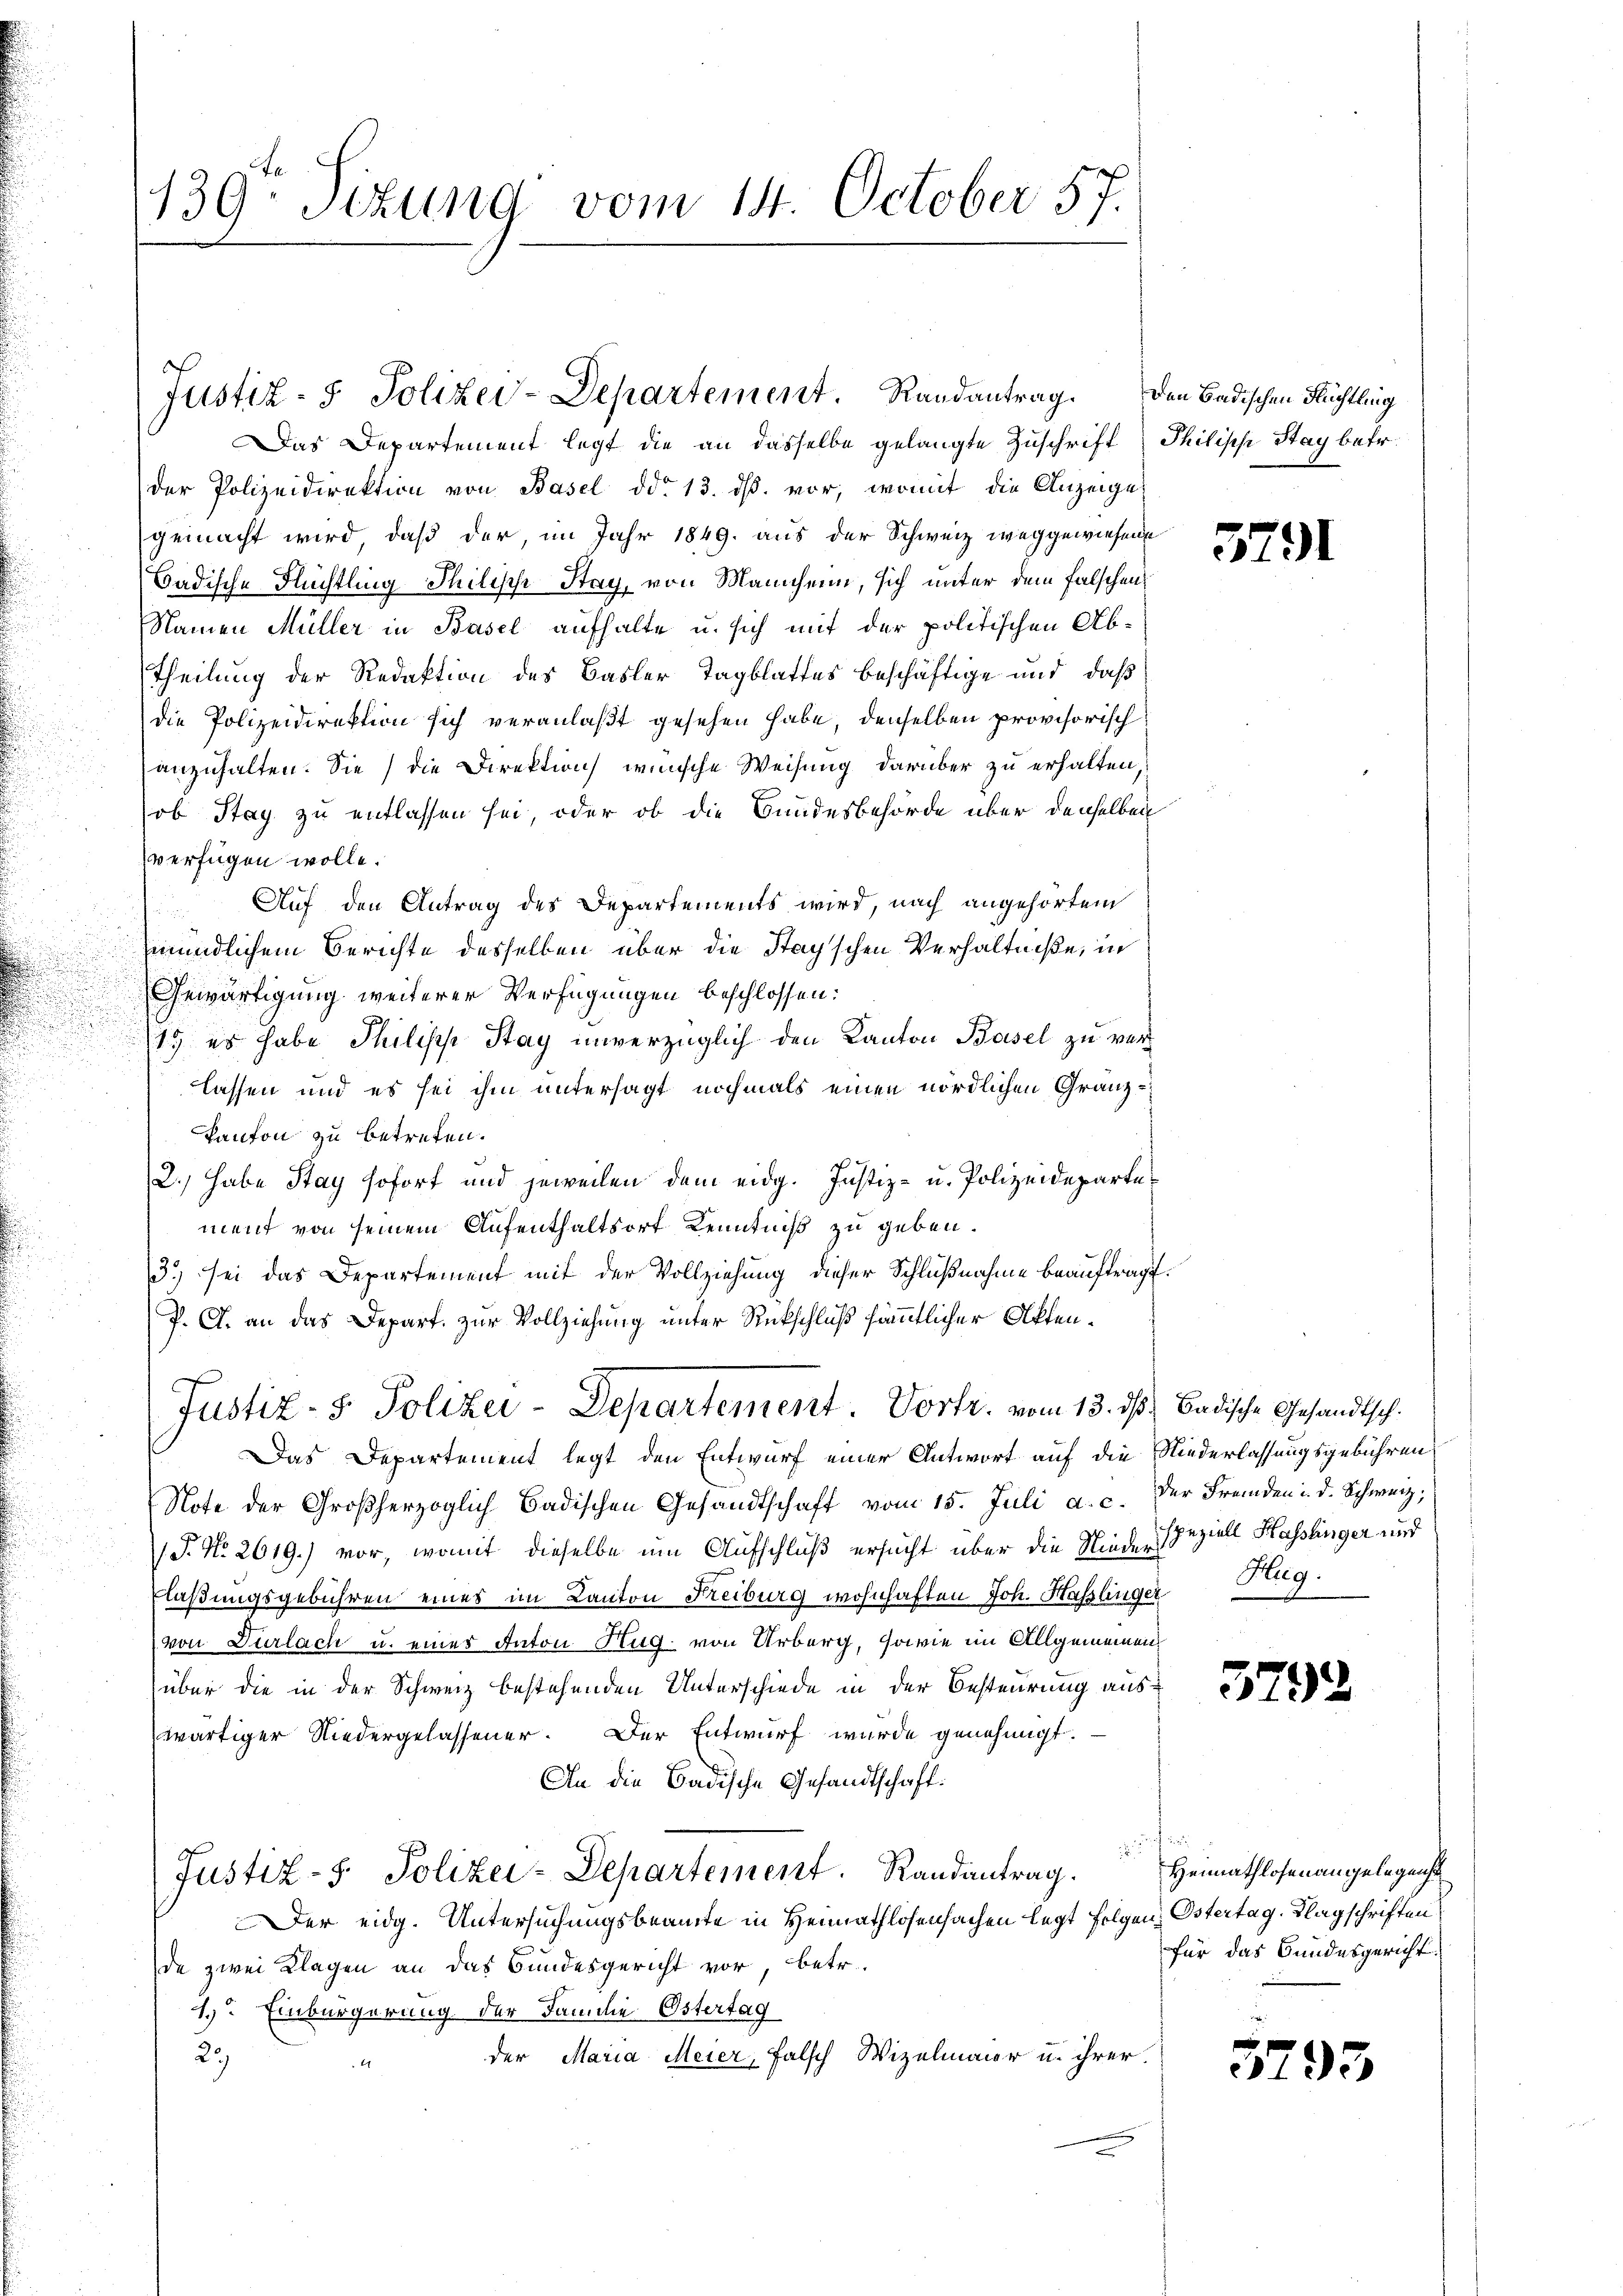
u

139. Sitzung vom 14. October 57.

Das Departement legt die an dasselbe gelangte Zuschrift Philische Stag betr.
der Polizeidirektion von Basel ddo 13. ds. vor, womit die Anzeige
gemacht wird, daß der, im Jahr 1849. aus der Schweiz weggewiesene
Badische Flüchtling-Philische Stag, von Mannheim, sich unter dem Falschen
Namen Müller in Basel aufhalte u. sich mit der politischen Ab¬
Theilung der Redaktion des Basler Tagblattes beschäftige und daß
die Polizeidirektion sich veranlaßt gesehen habe, denselben provisorisch
anzuhalten. Sie die Direktion wünsche Weisung darüber zu erhalten,
ob Stay zu entlassen sei, oder ob die Bundesbehörde über denselben
verfügen wolle.
Auf den Antrag des Departements wird, nach angehörtem
mündlichem Berichte desselben über die Stagschen Verhältniße, in
Gewärtigung weiterer Verfügungen beschlossen:
11. es habe Philipp Stay unverzüglich den Kanton Basel zu verlassen und es sei ihm untersagt nochmals einen nördlichen Granz-
Kanton zu betreten.
2.) Habe Stay sofort und jeweilen dem eidg. Justiz- u. Polizeidepartement von seinem Aufenthaltsort Kenntniß zu geben.
3.) sei das Departement mit der Vollziehung dieser Schlußnahme beauftragt.
P. G. an das Depart. zur Vollziehung unter Rückschluß sämmtlicher Akten¬
Justiz- & Polizei-Departement. Vortr. vom 13. ds Badische Gesandtsch.

Justiz- & Polizei-Departement Randantrag.

Note der Großherzoglich Badischen Gesandtschaft vom 15. Juli a. c. der Fremden u. d. Schweiz,
P. Nr. 2619.) vor, womit dieselbe um Aufschluß ersucht über die Nieder Speziell Hasslinger und
laßungsgebühren eines im Kanton Freiburg wohnhaften Joh. Haslinger
von Dürlach u. eines Anton Hug von Urberg, sowie im Allgemeinen
über die in der Schweiz bestehenden Unterschiede in der Besteurung aus¬
Der Entwurf wurde genehmigt.
wärtiger Niedergelassener.
An die Badische Gesandtschaft:
Justiz-S. Polizei-Departement. Randantrag.
Der eidg. Untersuchungsbeamte in Heimathlosensachen legt folgen, Ostertag. Klagschriften
de zwei Klagen an das Bundesgericht vor, betr.
1. Einbürgerung der Familie Östertag
2.)
der Maria Meier, falsch Wizelmaur u. ihrer

Das Departement legt den Entwurf einer Antwort auf die Niederlassungsgebühren

den Badischen Flüchtling

3791

Hug.

t

3792

Heimathlosenangelegens
für das Bundesgericht.

5293